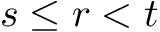
s \leq r < t